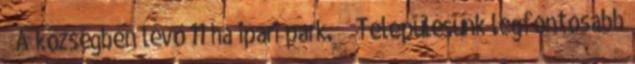
▪„A községben lévő 11 ha ipari park.” ▪„Településünk legfontosabb